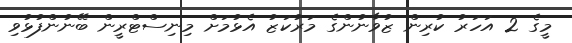
މީގެ 2 އަހަރު ކުރިން ޒުވާނުންގެ މަރުކަޒު އެޅުމަށް މިނިސްޓްރީން ބޭނުންފުޅުވި